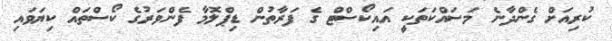
ކުރިއަށް ގެންދާނެ މަސައްކަތަކީ އައިކޯސްޓް ގެ ފަރާތުން ޑިޕްލޮމާ ފެންވަރުގެ ކޯސްތައް ކިޔަވައި